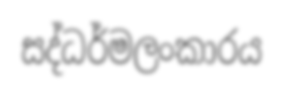
සද්ධර්මලංකාරය